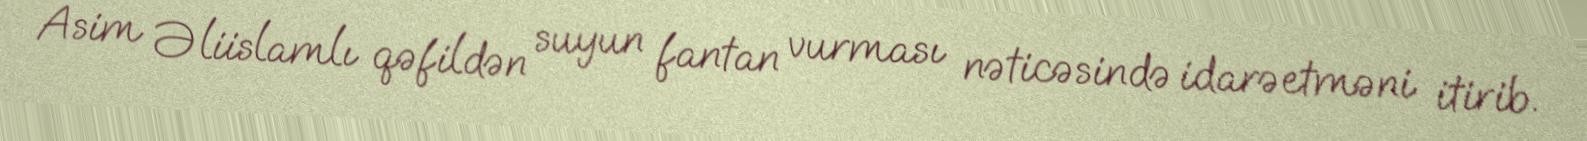
Asim Əliislamlı qəfildən suyun fantan vurması nəticəsində idarəetməni itirib.